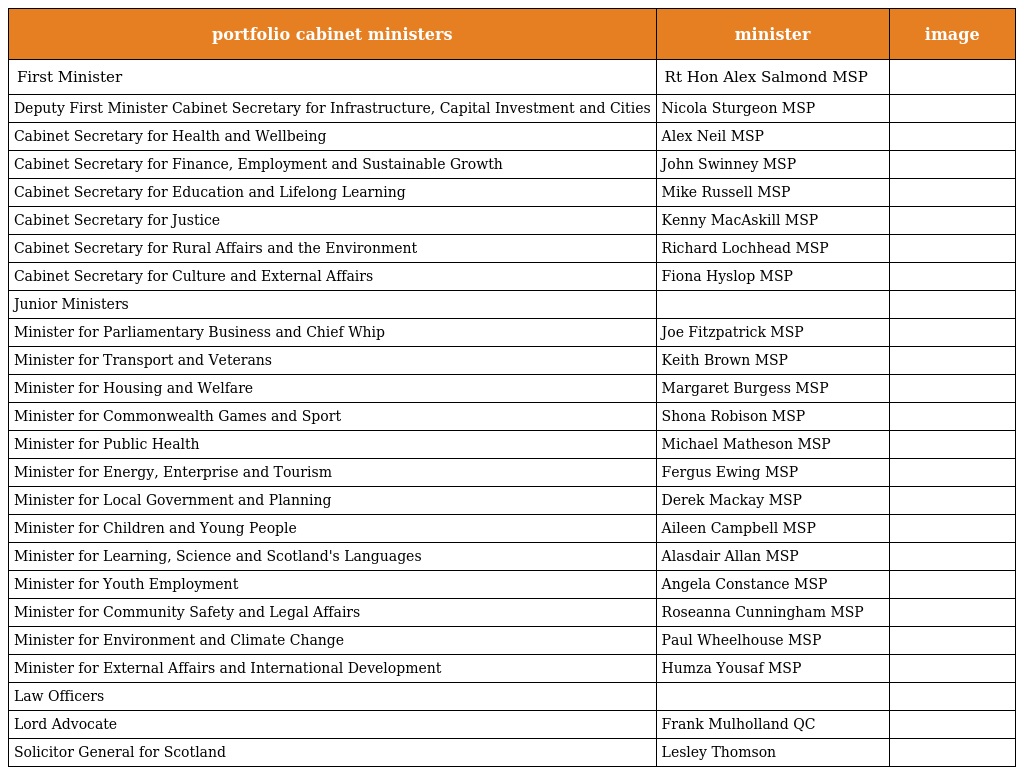
| portfolio cabinet ministers | minister | image |
 | --- | --- | --- |
 | First Minister | Rt Hon Alex Salmond MSP |  |
 | Deputy First Minister Cabinet Secretary for Infrastructure, Capital Investment and Cities | Nicola Sturgeon MSP |  |
 | Cabinet Secretary for Health and Wellbeing | Alex Neil MSP |  |
 | Cabinet Secretary for Finance, Employment and Sustainable Growth | John Swinney MSP |  |
 | Cabinet Secretary for Education and Lifelong Learning | Mike Russell MSP |  |
 | Cabinet Secretary for Justice | Kenny MacAskill MSP |  |
 | Cabinet Secretary for Rural Affairs and the Environment | Richard Lochhead MSP |  |
 | Cabinet Secretary for Culture and External Affairs | Fiona Hyslop MSP |  |
 | Junior Ministers |  |  |
 | Minister for Parliamentary Business and Chief Whip | Joe Fitzpatrick MSP |  |
 | Minister for Transport and Veterans | Keith Brown MSP |  |
 | Minister for Housing and Welfare | Margaret Burgess MSP |  |
 | Minister for Commonwealth Games and Sport | Shona Robison MSP |  |
 | Minister for Public Health | Michael Matheson MSP |  |
 | Minister for Energy, Enterprise and Tourism | Fergus Ewing MSP |  |
 | Minister for Local Government and Planning | Derek Mackay MSP |  |
 | Minister for Children and Young People | Aileen Campbell MSP |  |
 | Minister for Learning, Science and Scotland's Languages | Alasdair Allan MSP |  |
 | Minister for Youth Employment | Angela Constance MSP |  |
 | Minister for Community Safety and Legal Affairs | Roseanna Cunningham MSP |  |
 | Minister for Environment and Climate Change | Paul Wheelhouse MSP |  |
 | Minister for External Affairs and International Development | Humza Yousaf MSP |  |
 | Law Officers |  |  |
 | Lord Advocate | Frank Mulholland QC |  |
 | Solicitor General for Scotland | Lesley Thomson |  |